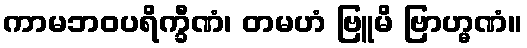
ကာမဘဝပရိက္ခီဏံ၊ တမဟံ ဗြူမိ ဗြာဟ္မဏံ။